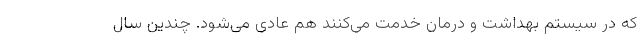
که در سیستم بهداشت و درمان خدمت می‌کنند هم عادی می‌شود. چندین سال